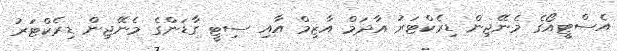
އެސްޓީއޯގެ މެނޭޖިން ޑިރެކްޓަރު އާދަމް އާޒިމް އާއި ސިޓީ ގާޑަންގެ މެނޭޖިން ޑިރެކްޓަރު